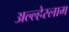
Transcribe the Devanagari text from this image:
अल्ल्हेस्लाम